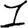
Digit: 1